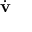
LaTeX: \dot { \mathbf { v } }